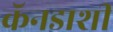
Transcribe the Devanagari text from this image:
कॅनडाशी